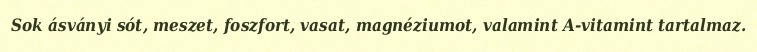
Sok ásványi sót, meszet, foszfort, vasat, magnéziumot, valamint A-vitamint tartalmaz.